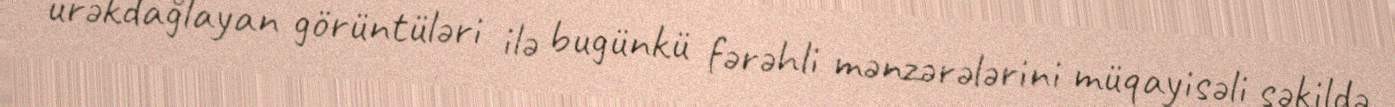
ürəkdağlayan görüntüləri ilə bugünkü fərəhli mənzərələrini müqayisəli şəkildə